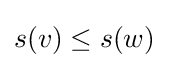
s(v)\leq s(w)